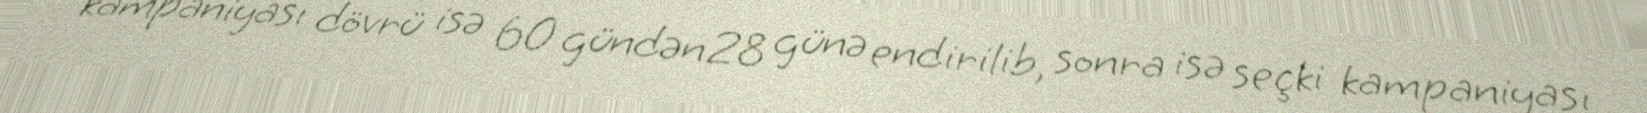
kampaniyası dövrü isə 60 gündən 28 günə endirilib, sonra isə seçki kampaniyası